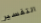
التفسير